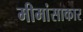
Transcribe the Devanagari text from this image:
मीमांसाकार